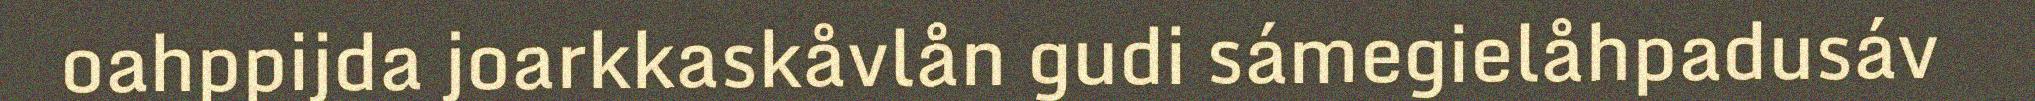
oahppijda joarkkaskåvlån gudi sámegielåhpadusáv